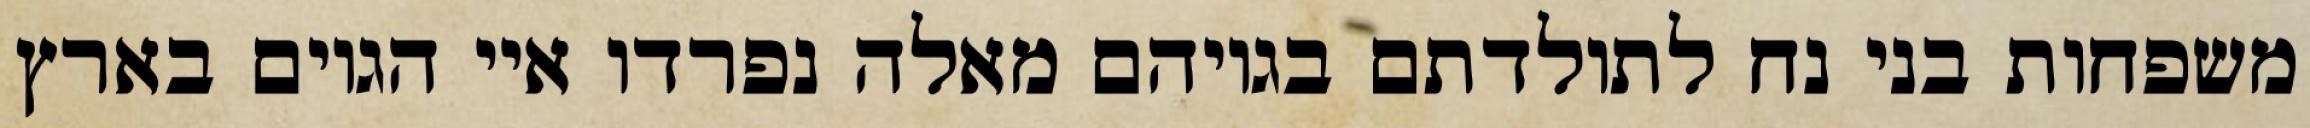
משפחות בני נח לתולדתם בגויהם מאלה נפרדו איי הגוים בארץ